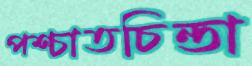
পশ্চাতচিন্তা